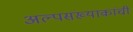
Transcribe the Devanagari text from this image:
अल्पसंख्याकांची